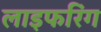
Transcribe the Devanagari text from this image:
लाइफरिंग